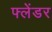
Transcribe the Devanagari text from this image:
फ्लेंडर